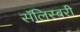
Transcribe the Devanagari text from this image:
सॅलिस्बरी